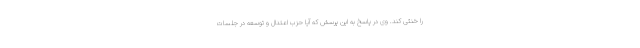
را خنثی کند. وی در پاسخ به این پرسش که آیا حزب اعتدال و توسعه در جلسات